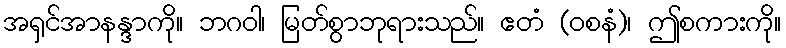
အရှင်အာနန္ဒာကို။ ဘဂဝါ၊ မြတ်စွာဘုရားသည်။ ဧတံ (ဝစနံ)၊ ဤစကားကို။